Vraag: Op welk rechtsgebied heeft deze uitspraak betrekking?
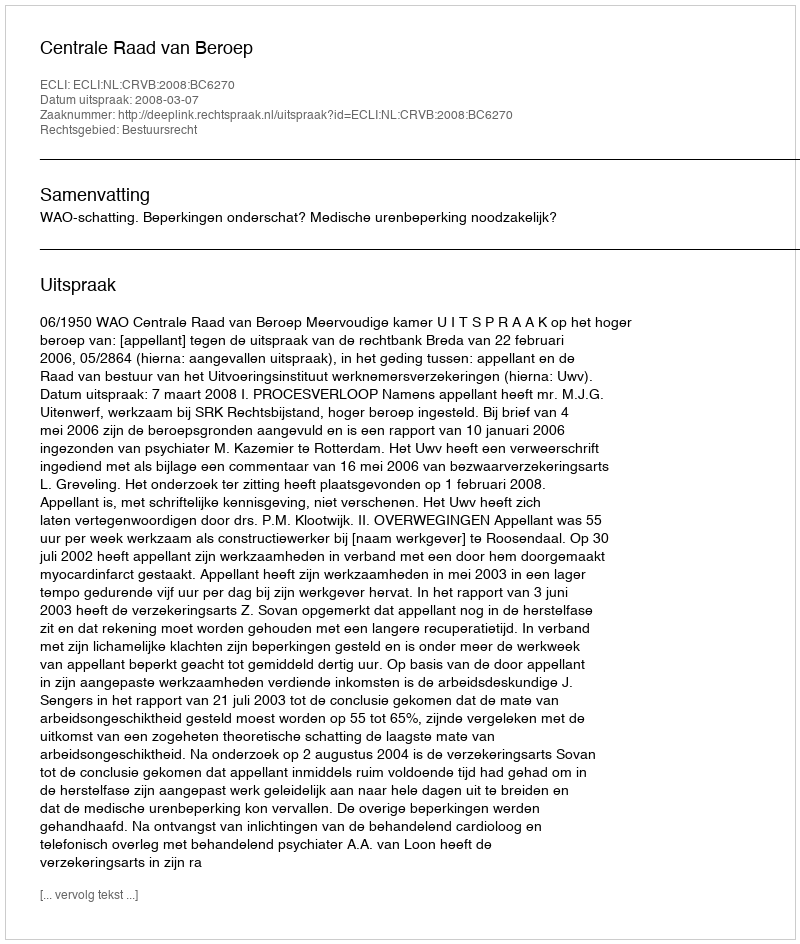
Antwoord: Bestuursrecht